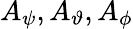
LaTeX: A_{\psi},A_{\vartheta},A_{\phi}